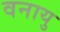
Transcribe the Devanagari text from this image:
वनायु